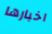
اخبارها